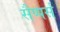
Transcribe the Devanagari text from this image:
सैप्पर्स